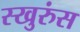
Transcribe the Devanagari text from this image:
स्खुरुंस